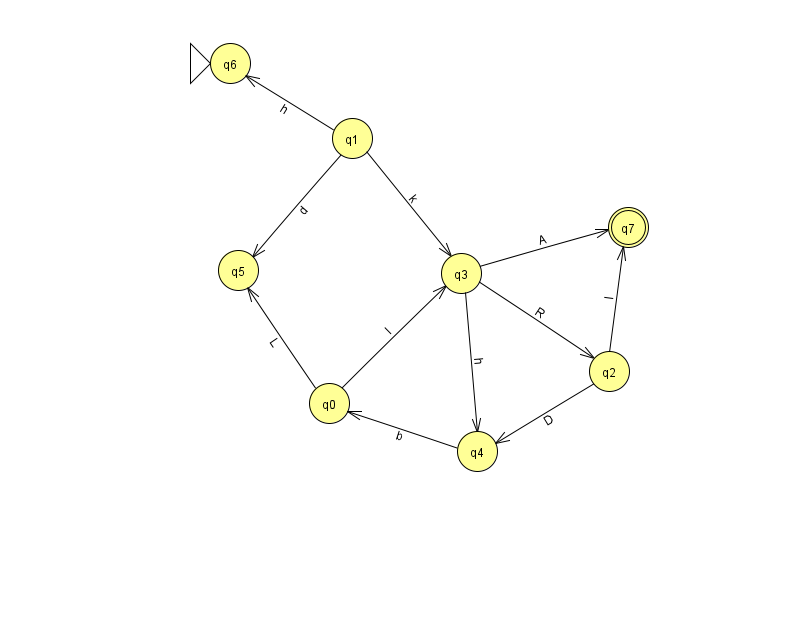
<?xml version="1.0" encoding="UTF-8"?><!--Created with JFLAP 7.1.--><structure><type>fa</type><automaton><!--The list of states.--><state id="0" name="q0"><x>329.0</x><y>390.0</y></state><state id="1" name="q1"><x>352.0</x><y>125.0</y></state><state id="2" name="q2"><x>609.0</x><y>358.0</y></state><state id="3" name="q3"><x>461.0</x><y>260.0</y></state><state id="4" name="q4"><x>477.0</x><y>438.0</y></state><state id="5" name="q5"><x>238.0</x><y>257.0</y></state><state id="6" name="q6"><x>230.0</x><y>50.0</y><initial/></state><state id="7" name="q7"><x>628.0</x><y>214.0</y><final/></state><!--The list of transitions.--><transition><from>2</from><to>4</to><read>D</read></transition><transition><from>1</from><to>3</to><read>k</read></transition><transition><from>3</from><to>7</to><read>A</read></transition><transition><from>4</from><to>0</to><read>b</read></transition><transition><from>3</from><to>2</to><read>R</read></transition><transition><from>0</from><to>3</to><read>l</read></transition><transition><from>1</from><to>6</to><read>h</read></transition><transition><from>3</from><to>4</to><read>h</read></transition><transition><from>0</from><to>5</to><read>L</read></transition><transition><from>2</from><to>7</to><read>l</read></transition><transition><from>1</from><to>5</to><read>d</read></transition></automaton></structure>